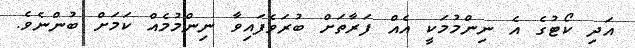
އަދި ކޯޓުގެ އެ ނިންމުމަކީ އެއް ފަރާތަށް ބުރަވެފައިވާ ނިންމުމެއް ކަމަށް ބުންނެވެ.